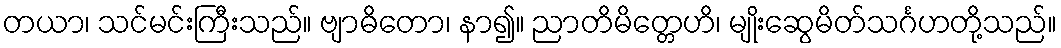
တယာ၊ သင်မင်းကြီးသည်။ ဗျာဓိတော၊ နာ၍။ ညာတိမိတ္တေဟိ၊ မျိုးဆွေမိတ်သင်္ဂဟတို့သည်။